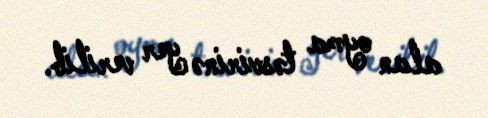
alan oyma təsvirinə yer verilib.